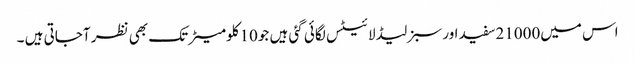
اس میں21000سفید اور سبز لیڈ لائیٹس لگائی گئی ہیں جو10کلومیٹر تک بھی نظر آجاتی ہیں ۔